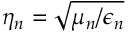
\eta _ { n } = \sqrt { \mu _ { n } / \epsilon _ { n } }